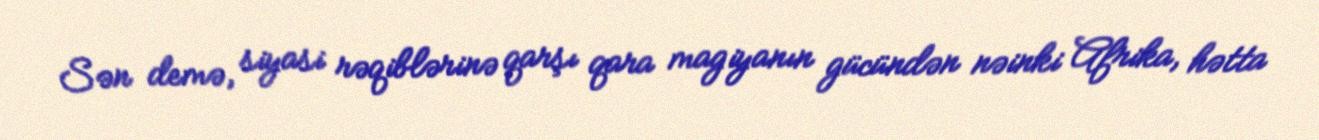
Sən demə, siyasi rəqiblərinə qarşı qara magiyanın gücündən nəinki Afrika, hətta